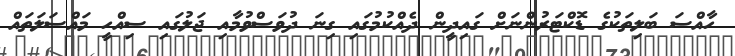
ހާއްސަ ބަލިތަކުގެ ޑޮކްޓަރުންނަށް ގައިދީން ދެއްކުމުގައި ގިނަ ދުވަސްވުމާއި ޖަލުގައި ސިއްހީ މައްސަލަތައް